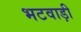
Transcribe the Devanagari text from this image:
भटवाड़ी